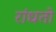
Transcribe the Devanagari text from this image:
रांधतो